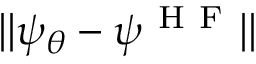
| | \psi _ { \theta } - \psi ^ { \mathrm { ~ H ~ F ~ } } | |